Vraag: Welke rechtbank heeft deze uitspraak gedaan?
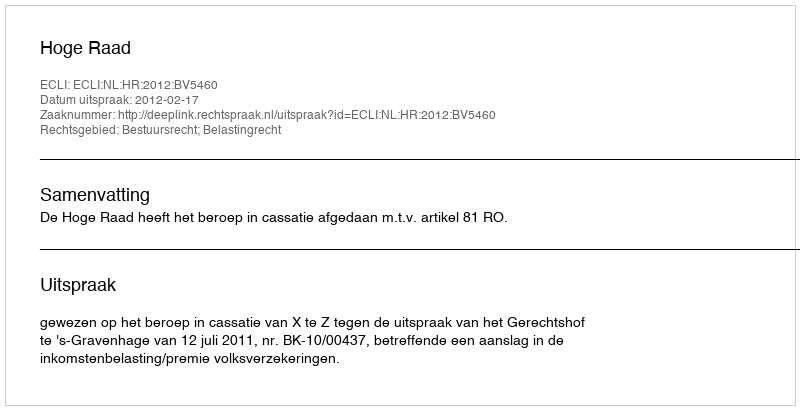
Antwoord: Hoge Raad